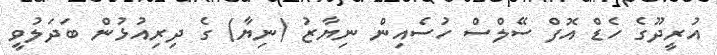
އުރީދޫގެ ހެޑް އޮފް ސޭލްސް ހުސެއިން ނިޔާޒު (ނިޔާ) ގެ ދިރިއުޅުން ބަދަލުވީ